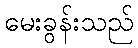
မေးခွန်းသည်